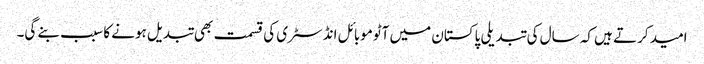
امید کرتے ہیں کہ سال کی تبدیلی پاکستان میں آٹوموبائل انڈسٹری کی قسمت بھی تبدیل ہونے کا سبب بنے گی۔